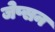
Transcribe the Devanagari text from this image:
जेप्सन